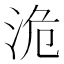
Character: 洈